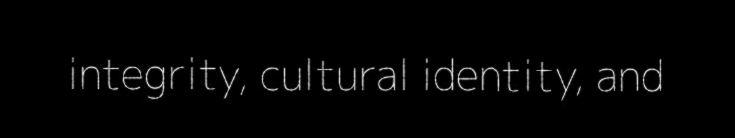
integrity, cultural identity, and